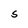
Character: S